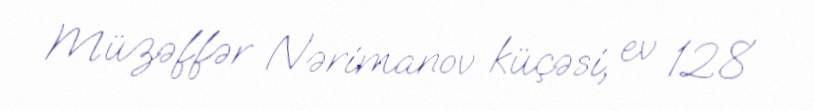
Müzəffər Nərimanov küçəsi, ev 128